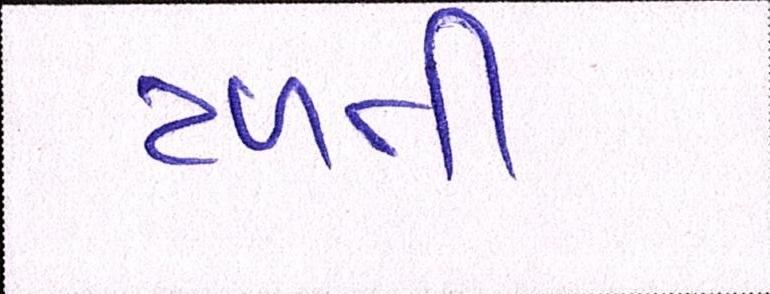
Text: ટળતી